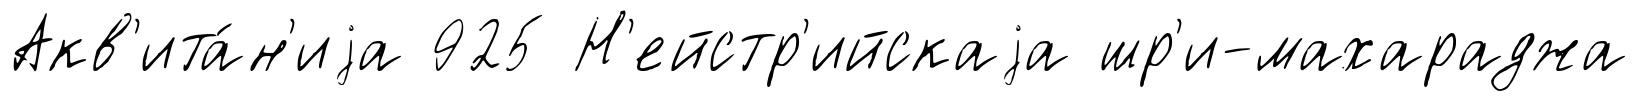
Акв'ита́н'иjа 925 Н'ейстр'ийскаjа шр'и-махараджа